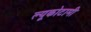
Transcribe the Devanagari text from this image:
ल्यूकोटामी